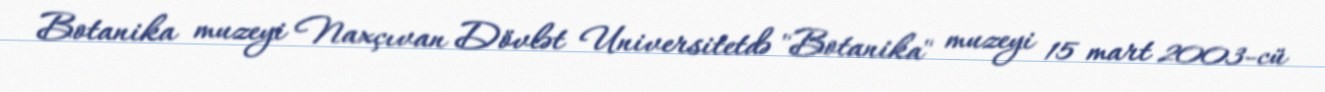
Botanika muzeyi Naxçıvan Dövlət Universitetdə "Botanika" muzeyi 15 mart 2003-cü